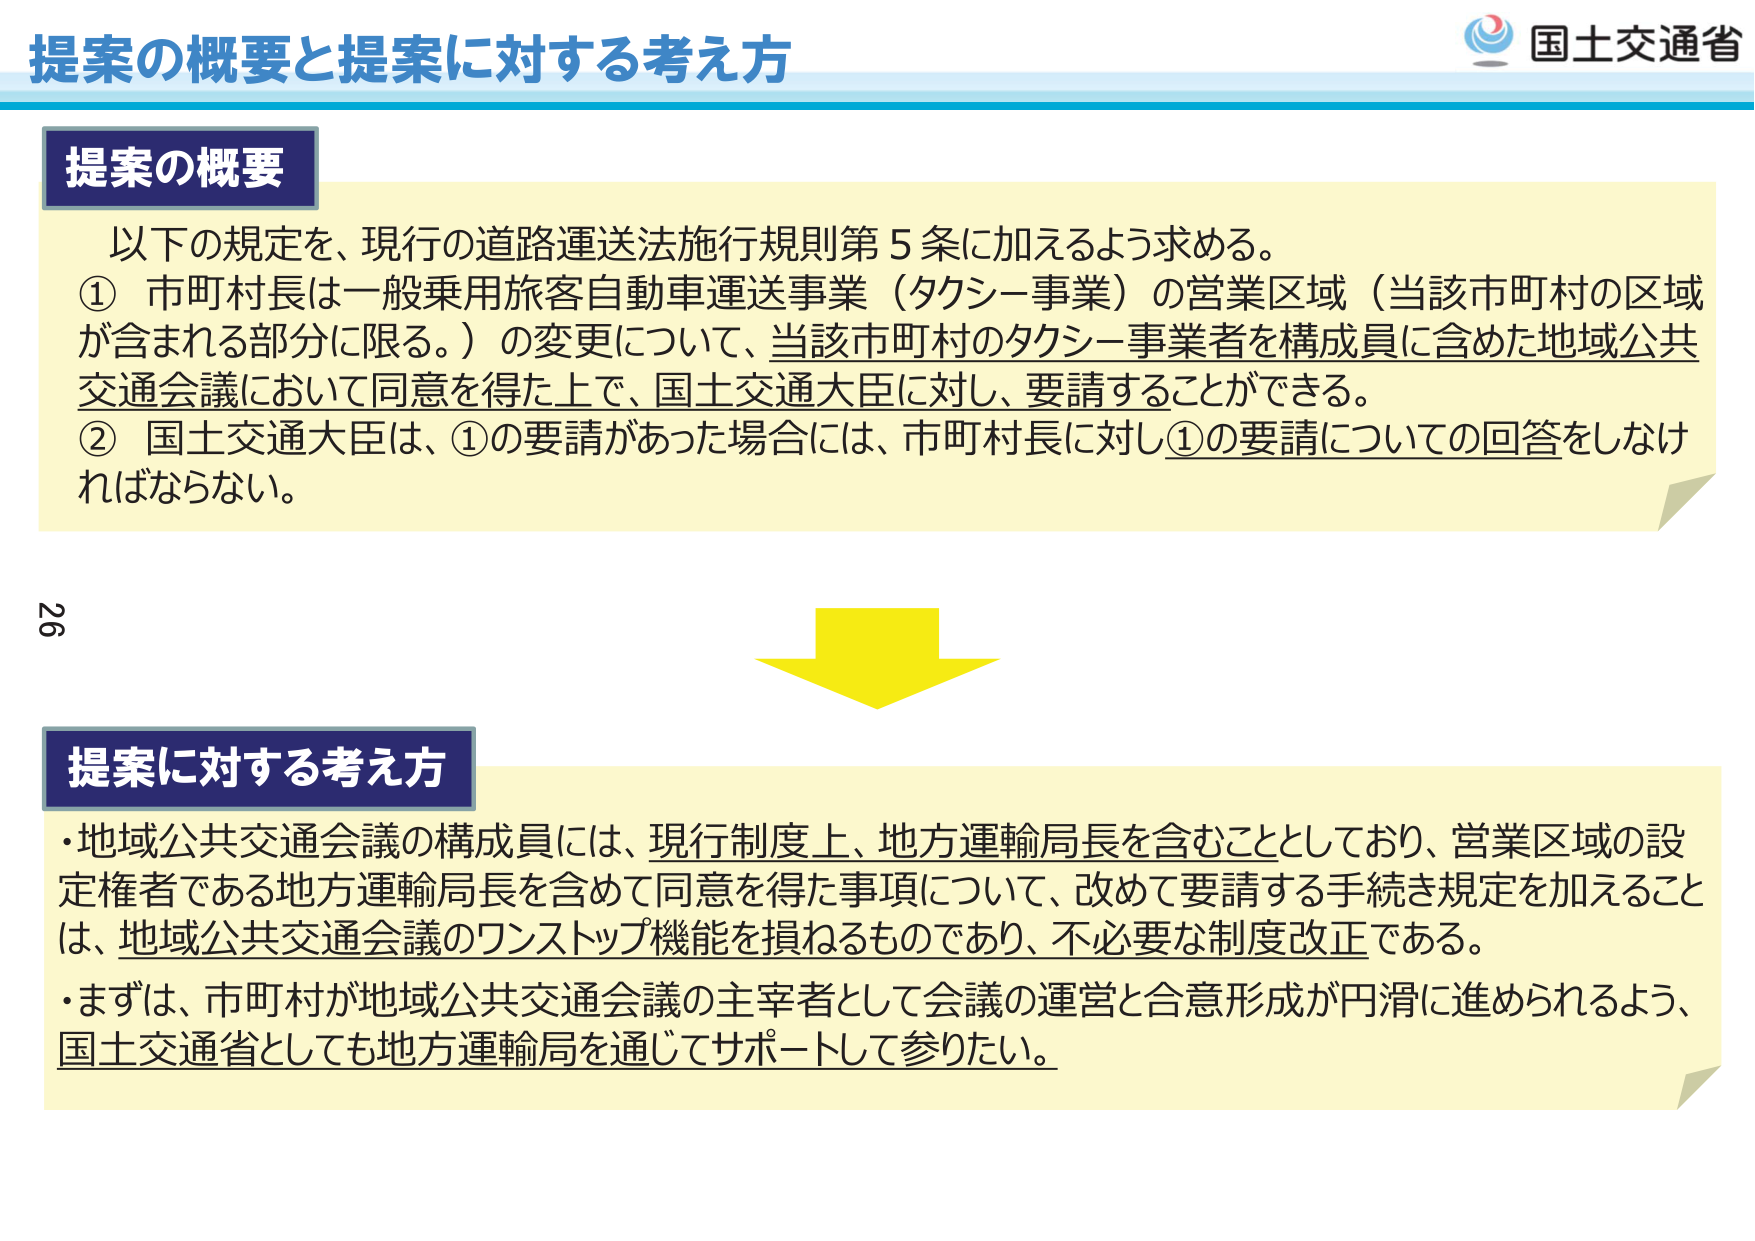
提案の概要と提案に対する考え方

提案の概要
以下の規定を、現行の道路運送法施行規則第５条に加えるよう求める。
① 市町村長は一般乗用旅客自動車運送事業（タクシー事業）の営業区域（当該市町村の区域が含まれる部分に限る。）の変更について、当該市町村のタクシー事業者を構成員に含めた地域公共交通会議において同意を得た上で、国土交通大臣に対し、要請することができる。
② 国土交通大臣は、①の要請があった場合には、市町村長に対し①の要請についての回答をしなければならない。

26

提案に対する考え方
・地域公共交通会議の構成員には、現行制度上、地方運輸局長を含むこととしており、営業区域の設定権者である地方運輸局長を含めて同意を得た事項について、改めて要請する手続き規定を加えることは、地域公共交通会議のワンストップ機能を損なうものであり、不必要な制度改正である。
・まずは、市町村が地域公共交通会議の主宰者として会議の運営と合意形成が円滑に進められるよう、国土交通省としても地方運輸局を通じてサポートして参りたい。

国土交通省